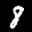
Label: 8